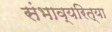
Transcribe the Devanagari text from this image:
संभाव्यरित्या